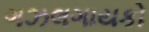
ગઝલગાયકો